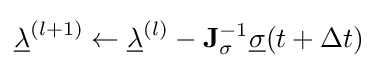
{\underline {\lambda }}^{(l+1)}\leftarrow {\underline {\lambda }}^{(l)}-\mathbf {J} _{\sigma }^{-1}{\underline {\sigma }}(t+\Delta t)